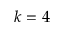
k = 4